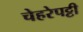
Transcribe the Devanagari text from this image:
चेहरेपट्टी